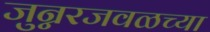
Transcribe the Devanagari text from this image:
जुन्नरजवळच्या